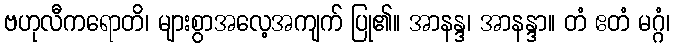
ဗဟုလီကရောတိ၊ များစွာအလေ့အကျက် ပြု၏။ အာနန္ဒ၊ အာနန္ဒာ။ တံ ဧတံ မဂ္ဂံ၊